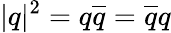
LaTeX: \vert q\vert^{2}=q\overline{{q}}=\overline{{q}}q